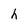
Character: h